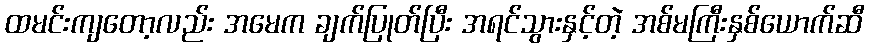
ထမင်းကျတော့လည်း အမေက ချက်ပြုတ်ပြီး အရင်သွားနှင့်တဲ့ အစ်မကြီးနှစ်ယောက်ဆီ